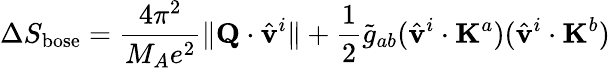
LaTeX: \Delta S_{\mathrm{bose}}=\frac{4\pi^{2}}{M_{A}e^{2}}\| {\mathbf Q}\cdot\hat{\mathbf v}^{i}\| +\frac{1}{2}\tilde{g}_{ab}(\hat{\mathbf v}^{i}\cdot{\mathbf K}^{a})(\hat{\mathbf v}^{i}\cdot{\mathbf K}^{b})